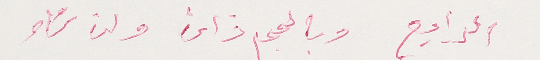
الرابع وبالحجم ذاته وان شاء